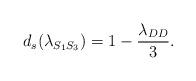
LaTeX: \begin{align*} d_s (\lambda_{S_1S_3})& = 1 - \frac{\lambda_{DD}}{3}. \end{align*}